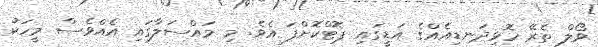
ވޯލް ތެރޭ ހޮޅިދަނޑިއެއްގެ އަޑީގައި ޕޮޓްކޮށްފަ އެވެ. މި މައްސަލާގައި އެއްވެސް މީހަކު